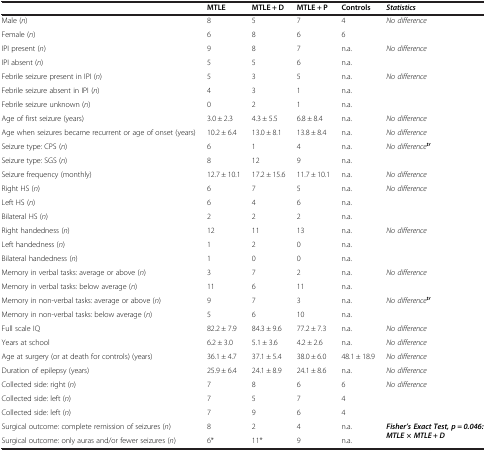
<table><thead><tr><td></td><td><b>MTLE</b></td><td><b>MTLE + D</b></td><td><b>MTLE + P</b></td><td><b>Controls</b></td><td><b><i>Statistics</i></b></td></tr></thead><tbody><tr><td>Male (<i>n</i>)</td><td>8</td><td>5</td><td>7</td><td>4</td><td rowspan="2"><i>No difference</i></td></tr><tr><td>Female (<i>n</i>)</td><td>6</td><td>8</td><td>6</td><td>6</td></tr><tr><td>IPI present (<i>n</i>)</td><td>9</td><td>8</td><td>7</td><td>n.a.</td><td rowspan="2"><i>No difference</i></td></tr><tr><td>IPI absent (<i>n</i>)</td><td>5</td><td>5</td><td>6</td><td>n.a.</td></tr><tr><td>Febrile seizure present in IPI (<i>n</i>)</td><td>5</td><td>3</td><td>5</td><td>n.a.</td><td rowspan="3"><i>No difference</i></td></tr><tr><td>Febrile seizure absent in IPI (<i>n</i>)</td><td>4</td><td>3</td><td>1</td><td>n.a.</td></tr><tr><td>Febrile seizure unknown (<i>n</i>)</td><td>0</td><td>2</td><td>1</td><td>n.a.</td></tr><tr><td>Age of first seizure (years)</td><td>3.0 ± 2.3</td><td>4.3 ± 5.5</td><td>6.8 ± 8.4</td><td>n.a.</td><td><i>No difference</i></td></tr><tr><td>Age when seizures became recurrent or age of onset (years)</td><td>10.2 ± 6.4</td><td>13.0 ± 8.1</td><td>13.8 ± 8.4</td><td>n.a.</td><td><i>No difference</i></td></tr><tr><td>Seizure type: CPS (<i>n</i>)</td><td>6</td><td>1</td><td>4</td><td>n.a.</td><td rowspan="2"><i>No difference</i><sup><b><i>tr</i></b></sup></td></tr><tr><td>Seizure type: SGS (<i>n</i>)</td><td>8</td><td>12</td><td>9</td><td>n.a.</td></tr><tr><td>Seizure frequency (monthly)</td><td>12.7 ± 10.1</td><td>17.2 ± 15.6</td><td>11.7 ± 10.1</td><td>n.a.</td><td><i>No difference</i></td></tr><tr><td>Right HS (<i>n</i>)</td><td>6</td><td>7</td><td>5</td><td>n.a.</td><td rowspan="3"><i>No difference</i></td></tr><tr><td>Left HS (<i>n</i>)</td><td>6</td><td>4</td><td>6</td><td>n.a.</td></tr><tr><td>Bilateral HS (<i>n</i>)</td><td>2</td><td>2</td><td>2</td><td>n.a.</td></tr><tr><td>Right handedness (<i>n</i>)</td><td>12</td><td>11</td><td>13</td><td>n.a.</td><td rowspan="3"><i>No difference</i></td></tr><tr><td>Left handedness (<i>n</i>)</td><td>1</td><td>2</td><td>0</td><td>n.a.</td></tr><tr><td>Bilateral handedness (<i>n</i>)</td><td>1</td><td>0</td><td>0</td><td>n.a.</td></tr><tr><td>Memory in verbal tasks: average or above (<i>n</i>)</td><td>3</td><td>7</td><td>2</td><td>n.a.</td><td rowspan="2"><i>No difference</i></td></tr><tr><td>Memory in verbal tasks: below average (<i>n</i>)</td><td>11</td><td>6</td><td>11</td><td>n.a.</td></tr><tr><td>Memory in non-verbal tasks: average or above (<i>n</i>)</td><td>9</td><td>7</td><td>3</td><td>n.a.</td><td rowspan="2"><i>No difference</i><sup><b><i>tr</i></b></sup></td></tr><tr><td>Memory in non-verbal tasks: below average (<i>n</i>)</td><td>5</td><td>6</td><td>10</td><td>n.a.</td></tr><tr><td>Full scale IQ</td><td>82.2 ± 7.9</td><td>84.3 ± 9.6</td><td>77.2 ± 7.3</td><td>n.a.</td><td><i>No difference</i></td></tr><tr><td>Years at school</td><td>6.2 ± 3.0</td><td>5.1 ± 3.6</td><td>4.2 ± 2.6</td><td>n.a.</td><td><i>No difference</i></td></tr><tr><td>Age at surgery (or at death for controls) (years)</td><td>36.1 ± 4.7</td><td>37.1 ± 5.4</td><td>38.0 ± 6.0</td><td>48.1 ± 18.9</td><td><i>No difference</i></td></tr><tr><td>Duration of epilepsy (years)</td><td>25.9 ± 6.4</td><td>24.1 ± 8.9</td><td>24.1 ± 8.6</td><td>n.a.</td><td><i>No difference</i></td></tr><tr><td>Collected side: right (<i>n</i>)</td><td>7</td><td>8</td><td>6</td><td>6</td><td rowspan="2"><i>No difference</i></td></tr><tr><td>Collected side: left (<i>n</i>)</td><td>7</td><td>5</td><td>7</td><td>4</td></tr><tr><td>Collected side: left (<i>n</i>)</td><td>7</td><td>9</td><td>6</td><td>4</td><td></td></tr><tr><td>Surgical outcome: complete remission of seizures (<i>n</i>)</td><td>8</td><td>2</td><td>4</td><td>n.a.</td><td rowspan="2"><b><i>Fisher’s Exact Test, p = 0.046: MTLE × MTLE + D</i></b></td></tr><tr><td>Surgical outcome: only auras and/or fewer seizures (<i>n</i>)</td><td>6*</td><td>11*</td><td>9</td><td>n.a.</td></tr></tbody></table>